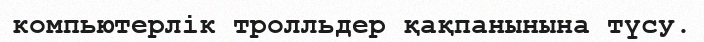
компьютерлік тролльдер қақпанынына түсу.